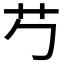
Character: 𬜠